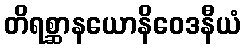
တိရစ္ဆာနယောနိဝေဒနီယံ